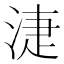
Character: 𣶏